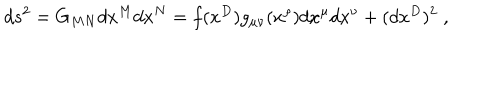
d s ^ { 2 } = G _ { M N } d x ^ { M } d x ^ { N } = f ( x ^ { D } ) g _ { \mu \nu } ( x ^ { \rho } ) d x ^ { \mu } d x ^ { \nu } + ( d x ^ { D } ) ^ { 2 } \; ,